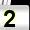
Digit: 2